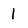
Character: 1